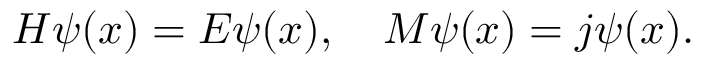
H \psi ( x ) = E \psi ( x ) , \quad M \psi ( x ) = j \psi ( x ) .